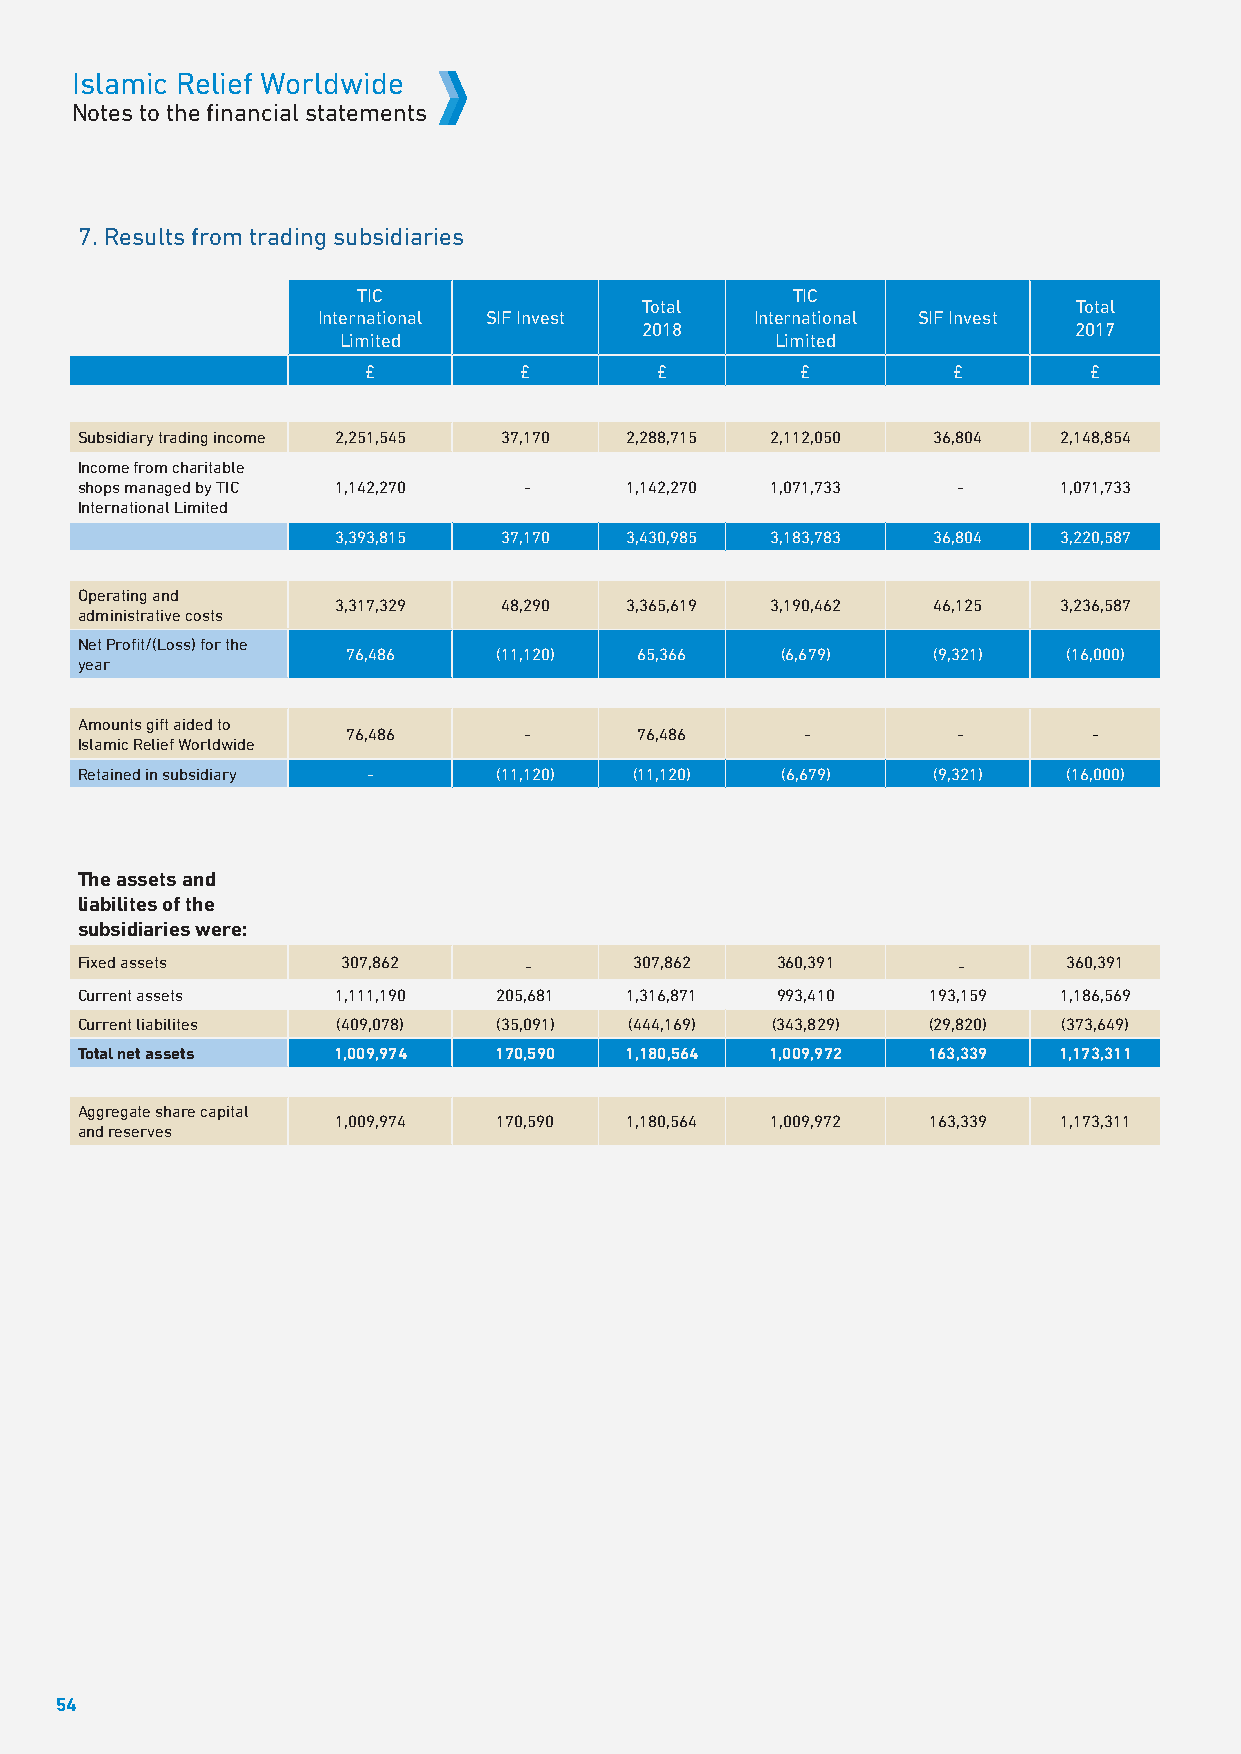
Islamic Relief Worldwide
 Notes to the financial statements
 7. Results from trading subsidiaries
 TIC                         TIC
 Total                        Total
 International SIF Invest     International SIF Invest
 2018                         2017
 Limited                      Limited
 £         £        £         £         £        £
 Subsidiary trading income 2,251,545 37,170 2,288,715 2,112,050 36,804 2,148,854
 Income from charitable
 shops managed by TIC 1,142,270 -    1,142,270 1,071,733   -      1,071,733
 International Limited
 3,393,815  37,170  3,430,985 3,183,783  36,804  3,220,587
 Operating and
 3,317,329  48,290  3,365,619 3,190,462  46,125  3,236,587
 administrative costs
 Net Profit/(Loss) for the
 76,486    (11,120) 65,366    (6,679)   (9,321)  (16,000)
 year
 Amounts gift aided to
 76,486      -      76,486     -         -        -
 Islamic Relief Worldwide
 Retained in subsidiary -    (11,120) (11,120)  (6,679)   (9,321)  (16,000)
 The assets and
 liabilites of the
 subsidiaries were:
 Fixed assets      307,862     -      307,862  360,391     -       360,391
 Current assets   1,111,190  205,681 1,316,871 993,410   193,159  1,186,569
 Current liabilites (409,078) (35,091) (444,169) (343,829) (29,820) (373,649)
 Total net assets 1,009,974  170,590 1,180,564 1,009,972 163,339  1,173,311
 Aggregate share capital
 1,009,974  170,590 1,180,564 1,009,972 163,339  1,173,311
 and reserves
 54